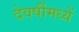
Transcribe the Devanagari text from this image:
देवर्षीमध्यें